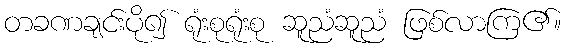
တခဏချင်းပို၍ ရုံးစုရုံးစု ဆူညံဆူညံ ဖြစ်လာကြ၏။